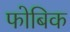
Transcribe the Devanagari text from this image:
फोबिक